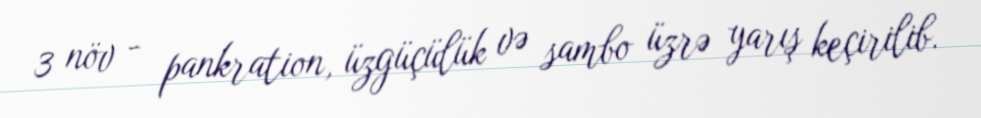
3 növ - pankration, üzgüçülük və sambo üzrə yarış keçirilib.